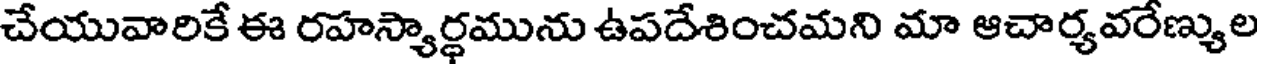
చేయువారికే ఈ రహస్యార్థమును ఉపదేశించమని మా ఆచార్యవరేణ్యుల